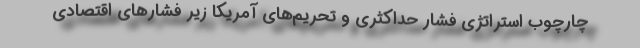
چارچوب استراتژی فشار حداکثری و تحریم‌های آمریکا زیر فشارهای اقتصادی